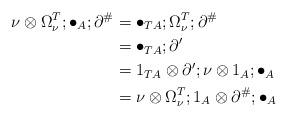
LaTeX: \begin{align*}\nu\otimes\Omega_\nu^T;\bullet_A;\partial^{\#} &= \bullet_{TA};\Omega_{\nu}^T;\partial^{\#} \\ &= \bullet_{TA};\partial ' \\ &= 1_{TA} \otimes \partial ';\nu \otimes 1_A;\bullet_A \\ &= \nu \otimes\Omega_\nu^T;1_A\otimes\partial^{\#};\bullet_A \end{align*}